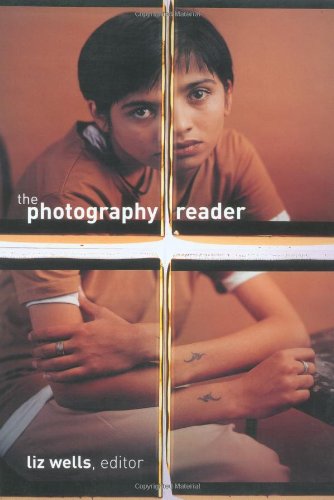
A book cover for The Photography Reader; Arts & Photography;